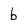
Character: b